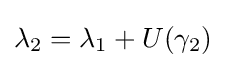
\lambda _{2}=\lambda _{1}+U(\gamma _{2})